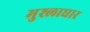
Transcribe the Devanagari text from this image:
मुश्लाधार